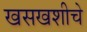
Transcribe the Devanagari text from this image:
खसखशीचे